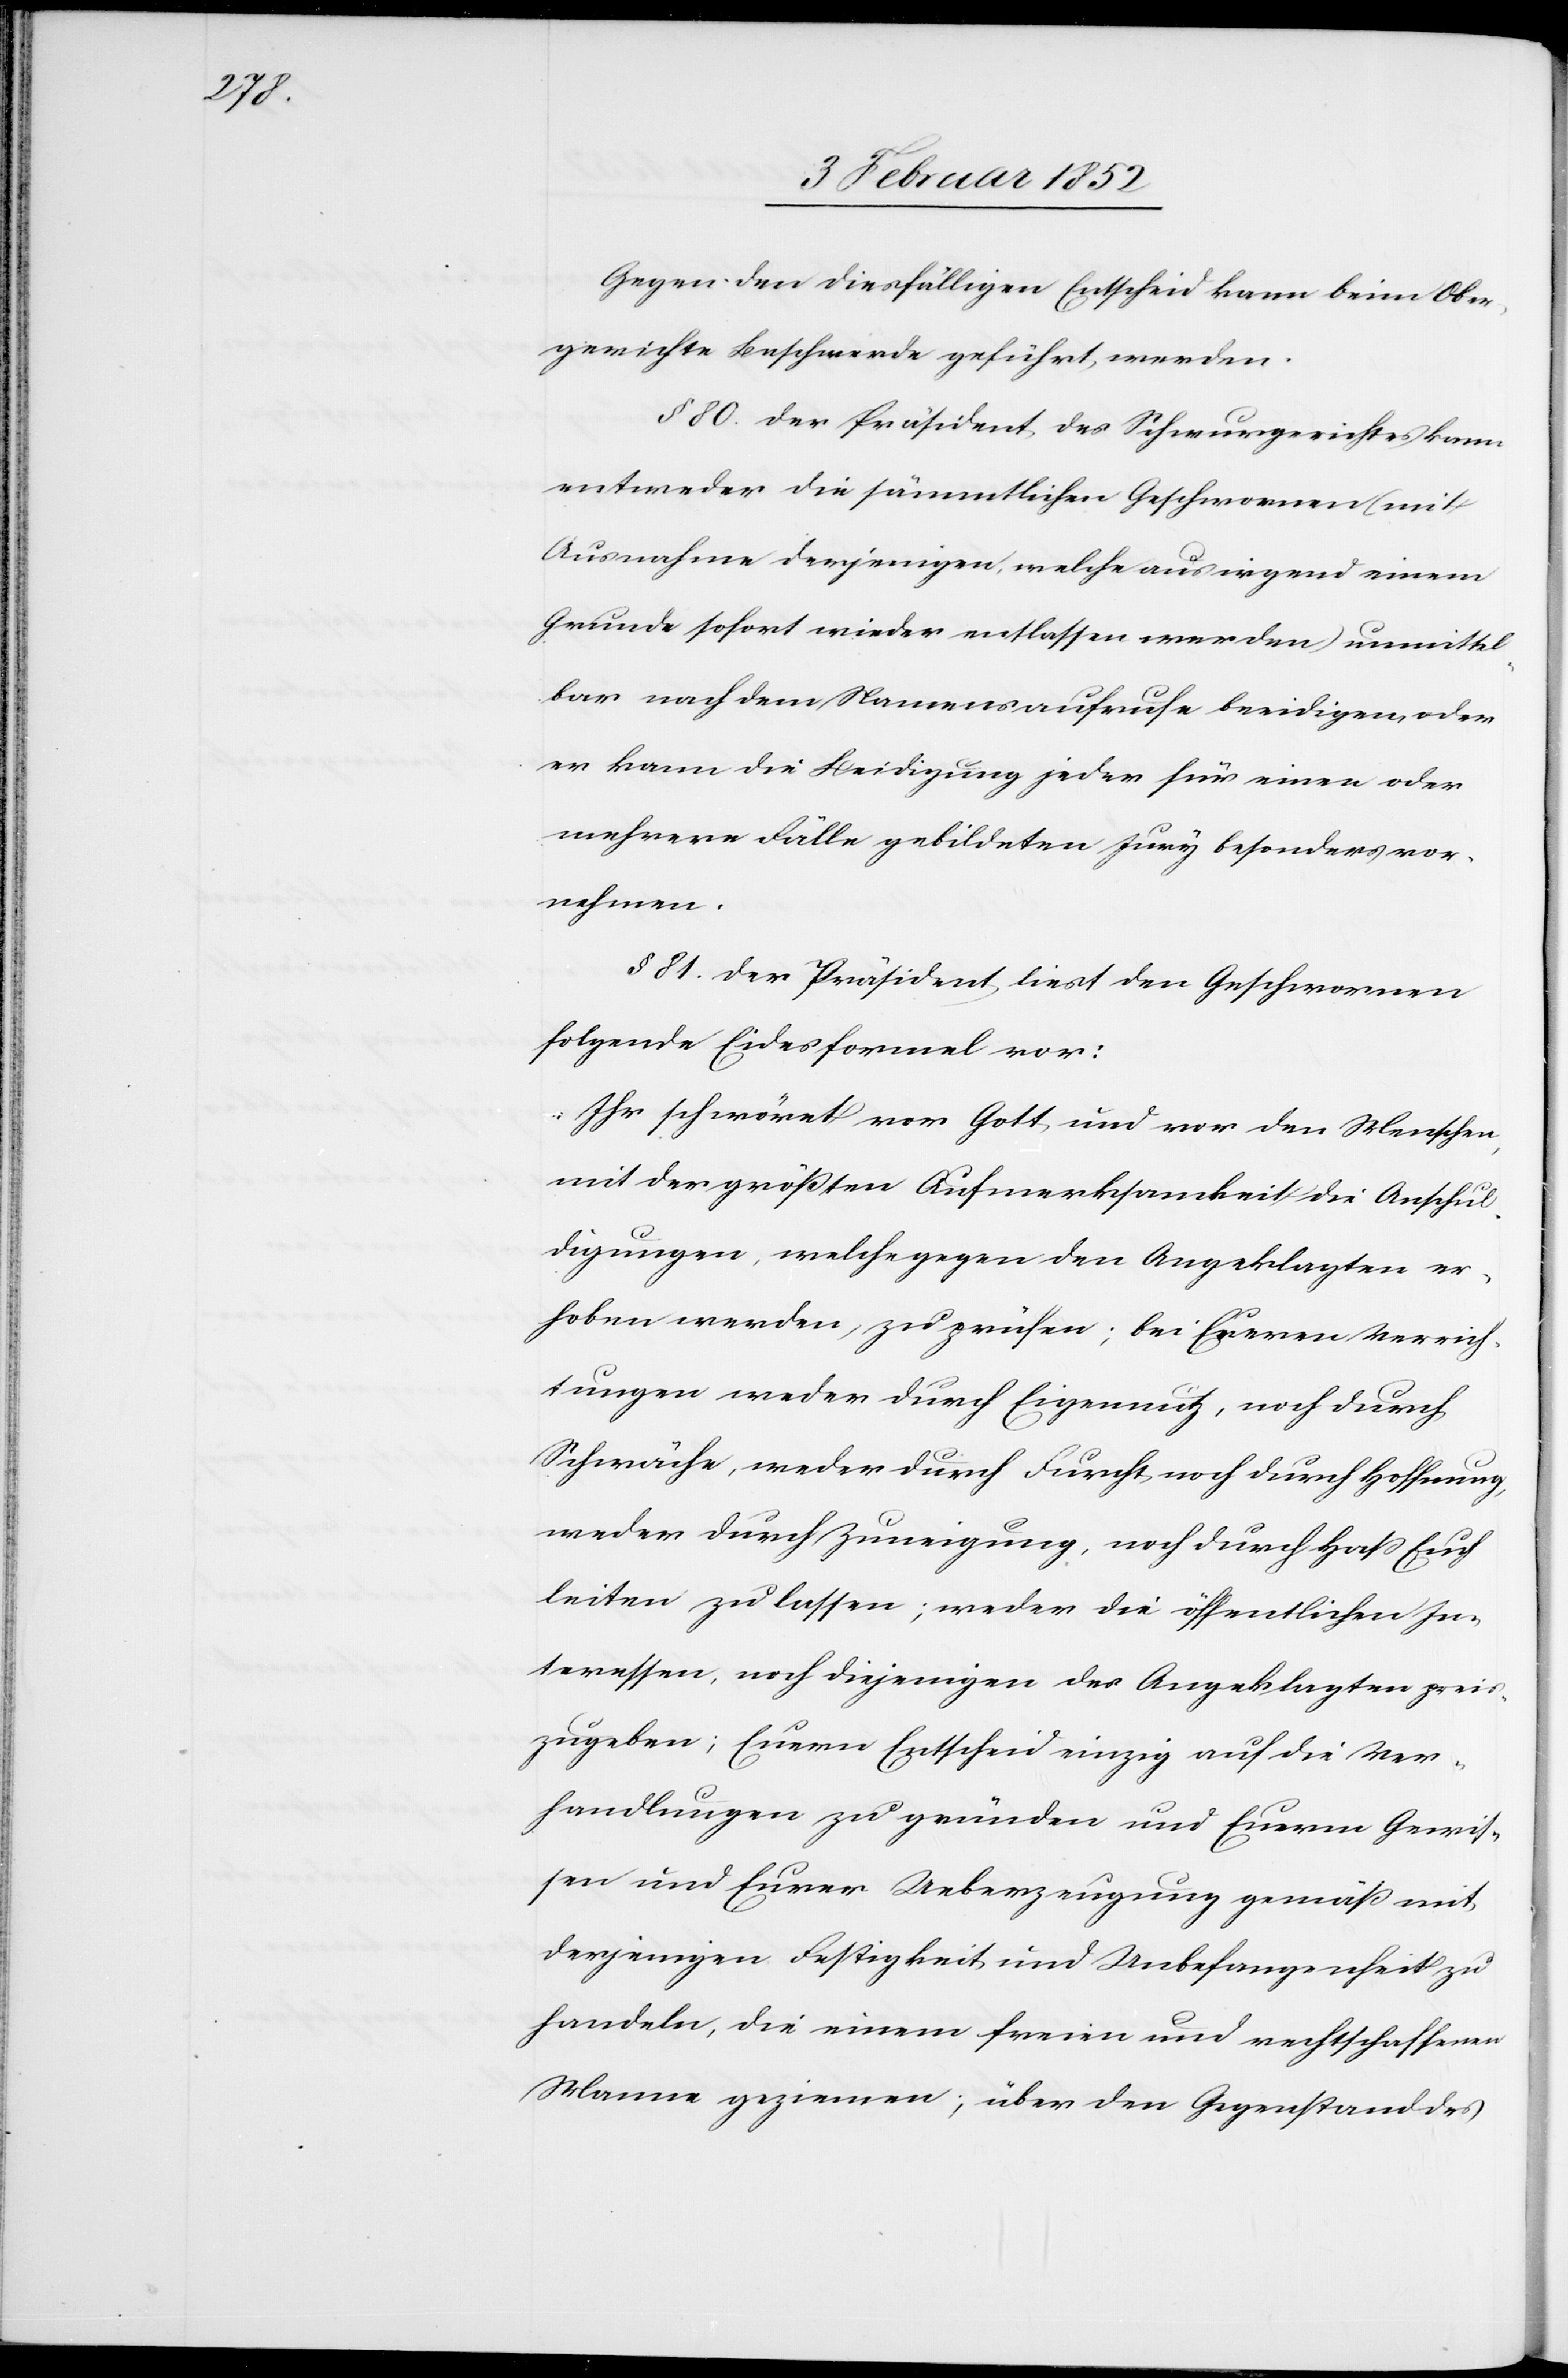
Gegen den diesfälligen Entscheid kann beim Ober¬
gerichte Beschwerde geführt werden.
§ 80. Der Präsident des Schwurgerichtes kann
entweder die sämmtlichen Geschwornen (mit
Ausnahme derjenigen welche aus irgend einem
Grund sofort wieder entlassen werden) unmittel¬
bar nach dem Namensaufrufe beeidigen, oder
er kann die Beeidigung jeder für einen oder
mehrere Fälle gebildeten Jury besonders vor¬
nehmen.
§ 81. Der Präsident liest den Geschwornen
folgende Eidesformel vor:
„Ihr schwöret vor Gott und vor den Menschen,
mit der größten Aufmerksamkeit die Anschul¬
digungen, welche gegen den Angeklagten er¬
hoben werden, zu prüfen; bei Eueren Verrich¬
tungen weder durch Eigennutz, noch durch
Schwäche, weder durch Furcht, noch durch Hoffnung,
weder durch Zuneigung, noch durch Haß Euch
leiten lassen; weder die öffentlichen In¬
teressen, noch diejenigen des Angeklagten preis¬
zugeben; Euern Entscheid einzig auf die Ver¬
handlungen zu gründen und Euerm Gewis¬
sen und Eurer Ueberzeugung gemäß mit
derjenigen Festigkeit und Unbefangenheit zu
handeln, die einem freien und rechtschaffenen
Manne geziemen; über den Gegenstand des